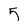
Character: 5